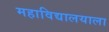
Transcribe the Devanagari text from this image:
महाविद्यालयाला